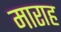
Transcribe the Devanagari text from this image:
माराह